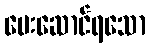
ပေးဆောင်ရသော